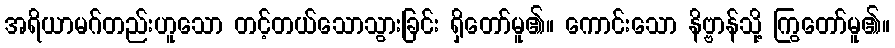
အရိယာမဂ်တည်းဟူသော တင့်တယ်သောသွားခြင်း ရှိတော်မူ၏။ ကောင်းသော နိဗ္ဗာန်သို့ ကြွတော်မူ၏။